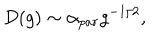
LaTeX: D ( g ) \sim \alpha _ { p a r } g ^ { - 1 / 2 } ,